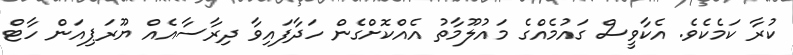
ކުރާ ކަމެކެވެ. އެކާވީސް ގައުމެއްގެ މައުލޫމާތު އެއްކޮށްގެން ހަދާފައިވާ ދިރާސާއެއް ޔޫރަޕިއަން ހާޓް